Scottish Leaving Certificate Examination, 1955
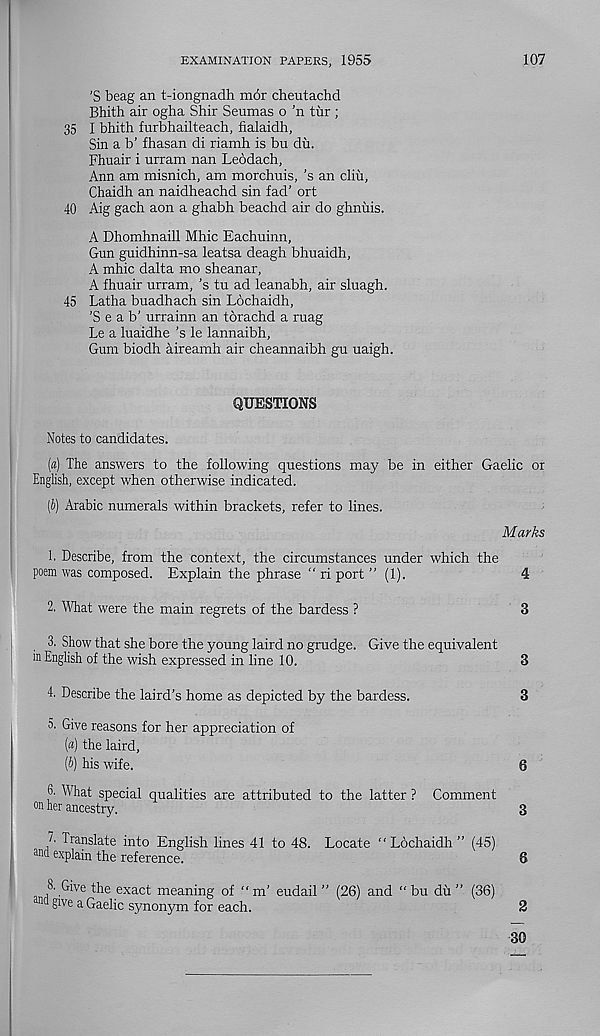
EXAMINATION PAPERS, 1955
107
’S beag an t-iongnadh m6r cheutachd
Bhith air ogha Shir Seumas o ’n tur ;
35 I bhith furbhailteach, fialaidh,
Sin a b’ fhasan di riamh is bu du.
Fhuair i urram nan Leodach,
Ann am misnich, am morchuis, ’s an cliii,
Chaidh an naidheachd sin fad’ ort
40 Aig gach aon a ghabh beachd air do ghniiis.
A Dhomhnaill Mhic Eachuinn,
Gun guidhinn-sa leatsa deagh bhuaidh,
A mhic dalta mo sheanar,
A fhuair urram, ’s tu ad leanabh, air sluagh.
45 Latha buadhach sin Lochaidh,
’Scab’ urrainn an torachd a ruag
Le a luaidhe’s le lannaibh,
Gum biodh aireamh air cheannaibh gu uaigh.
QUESTIONS
Notes to candidates.
(a) The answers to the following questions may be in either Gaelic or
English, except when otherwise indicated.
(b) Arabic numerals within brackets, refer to lines.
Marks
h Describe, from the context, the circumstances under which the
poem was composed. Explain the phrase " ri port ” (1).
4
2. What were the main regrets of the bardess ?
3
3. Show that she bore the young laird no grudge. Give the equivalent
in English of the wish expressed in line 10.
3
4. Describe the laird’s home as depicted by the bardess.
3
5. Give reasons for her appreciation of
(fl) the laird,
(b) his wife.
6
What special qualities are attributed to the latter ? Comment
on her ancestry.
3
T Translate into English lines 41 to 48. Locate “Lochaidh” (45)
and explain the reference.
6
8. Give the exact meaning of “m’ eudail ” (26) and “ bu du ” (36)
nd give a Gaelic synonym for each.
2
30